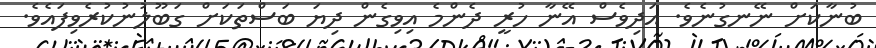
ބުނާކަށް ނޭނގުނެވެ. އަދިވެސް އޭނާ ހުރީ ދެންމެ އިވިގެން ދިޔަ ބަސްތަކަށް ގަބޫލުނުކުރެވިފައެވެ.